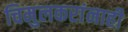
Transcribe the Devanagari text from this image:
चिमुलकरांनाही